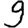
Digit: 9